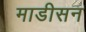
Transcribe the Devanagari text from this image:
माडीसन